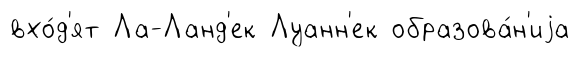
вхо́д'ят Ла-Ланд'ек Луанн'ек образова́н'иjа